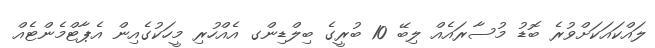
ލައްކައަކަށްވުރެ ބޮޑު މުސާރައެއް ލިބޭ 10 ބުރީގެ ބިލްޑިންގ އެއްހުރި މީހަކުގެއިން އެޕާޓްމެންޓެއް